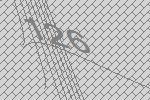
126